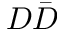
D \bar { D }